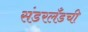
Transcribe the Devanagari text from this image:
संडरलँडची